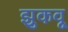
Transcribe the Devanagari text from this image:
झुकवू